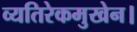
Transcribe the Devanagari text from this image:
व्यतिरेकमुखेन।